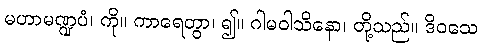
မဟာမဏ္ဍပံ၊ ကို။ ကာရေတွာ၊ ၍။ ဂါမဝါသိနော၊ တို့သည်။ ဒိဝသေ